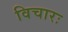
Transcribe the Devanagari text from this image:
विचारः